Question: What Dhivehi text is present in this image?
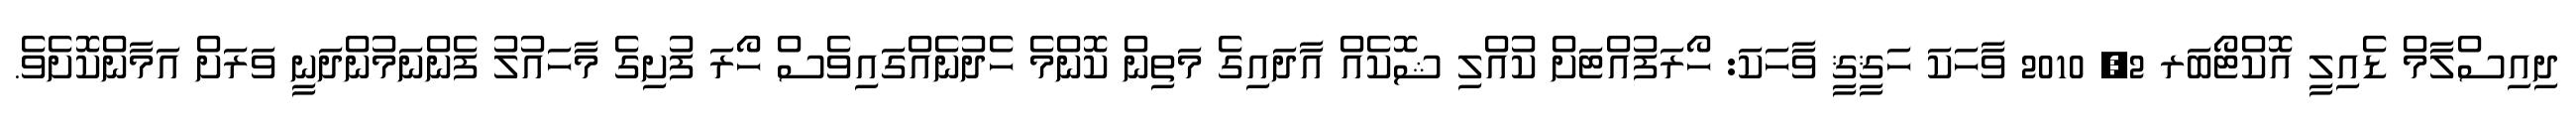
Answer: ދިއިސްލާމް ޑެއިލީ އޮކްޓޯބަރ 2, 2010 ވާހަކަ ހަޤީޤީ ވާހަކަ: ހޯރަފުއްޓަށް ކުއްލި ޝޮކެއް އާދައިގެ މަތިން ކޮންމެ ހެދުނެއްގައިވެސް ހޯރަ ފުށިގެ މާހައުލު ފެންނަމުންދަނީ ވަރަށް އަމާންކޮށެވެ.